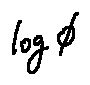
\log \phi